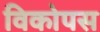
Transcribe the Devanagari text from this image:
विकोपस